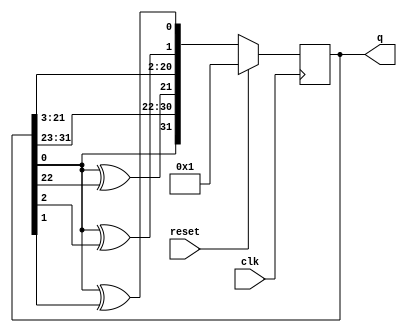
module top_module(
    input clk,
    input reset,    // Active-high synchronous reset to 32'h1
    output [31:0] q
); 
    
    reg [31:0]q_next;
    
    //Same logic used in Lfsr5 example
    always @ (*)
        begin
            q_next = q[31:1];
            q_next[31] = q[0] ^ 1'b0;
            q_next[21] = q[0] ^ q[22];
            q_next[1] = q[0] ^ q[2];
            q_next[0] = q[0] ^ q[1];
        end
    
    always @ (posedge clk)
        begin
            if (reset)
                q <= 32'h1;
            else
                q <= q_next;
        end
	
endmodule